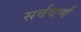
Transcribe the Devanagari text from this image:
सर्ववर्ण